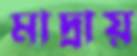
মাদ্রায়